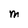
Character: M